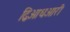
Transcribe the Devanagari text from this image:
द्विआधआरी